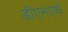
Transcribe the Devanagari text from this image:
डीएनएचे